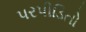
પરપીડિતો